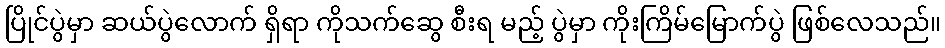
ပြိုင်ပွဲမှာ ဆယ်ပွဲလောက် ရှိရာ ကိုသက်ဆွေ စီးရ မည့် ပွဲမှာ ကိုးကြိမ်မြောက်ပွဲ ဖြစ်လေသည်။